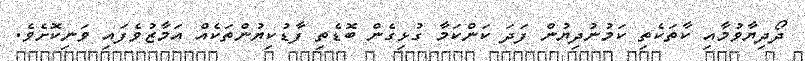
ދޯދިޔާވުމާއި ކާތަކެތި ކަމުނުދިޔުން ފަދަ ކަންކަމާ ގުޅިގެން ބޮޑެތި ފާޑުކިޔުންތަކެއް އަމާޒުވެފައި ވަނިކޮށެވެ.